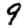
Digit: 9